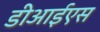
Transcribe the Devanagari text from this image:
डीआईएस